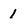
Character: 1